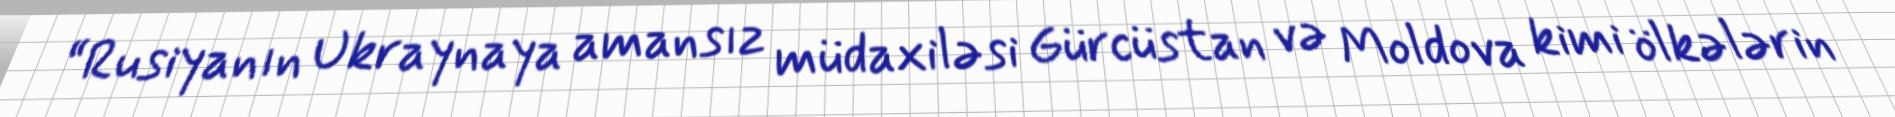
“Rusiyanın Ukraynaya amansız müdaxiləsi Gürcüstan və Moldova kimi ölkələrin